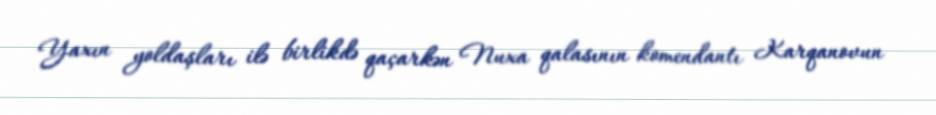
Yaxın yoldaşları ilə birlikdə qaçarkən Nuxa qalasının komendantı Karqanovun